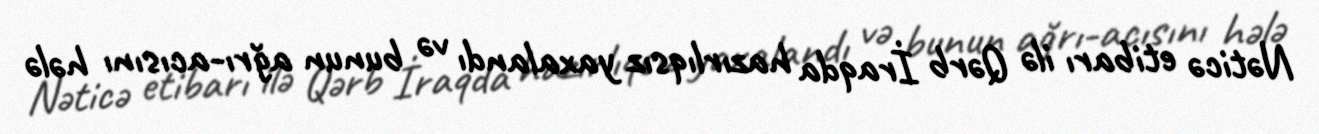
Nəticə etibarı ilə Qərb İraqda hazırlıqsız yaxalandı və bunun ağrı-acısını hələ